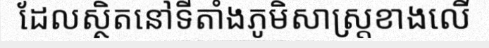
ដែលស្ថិតនៅទីតាំងភូមិសាស្ត្រខាងលើ